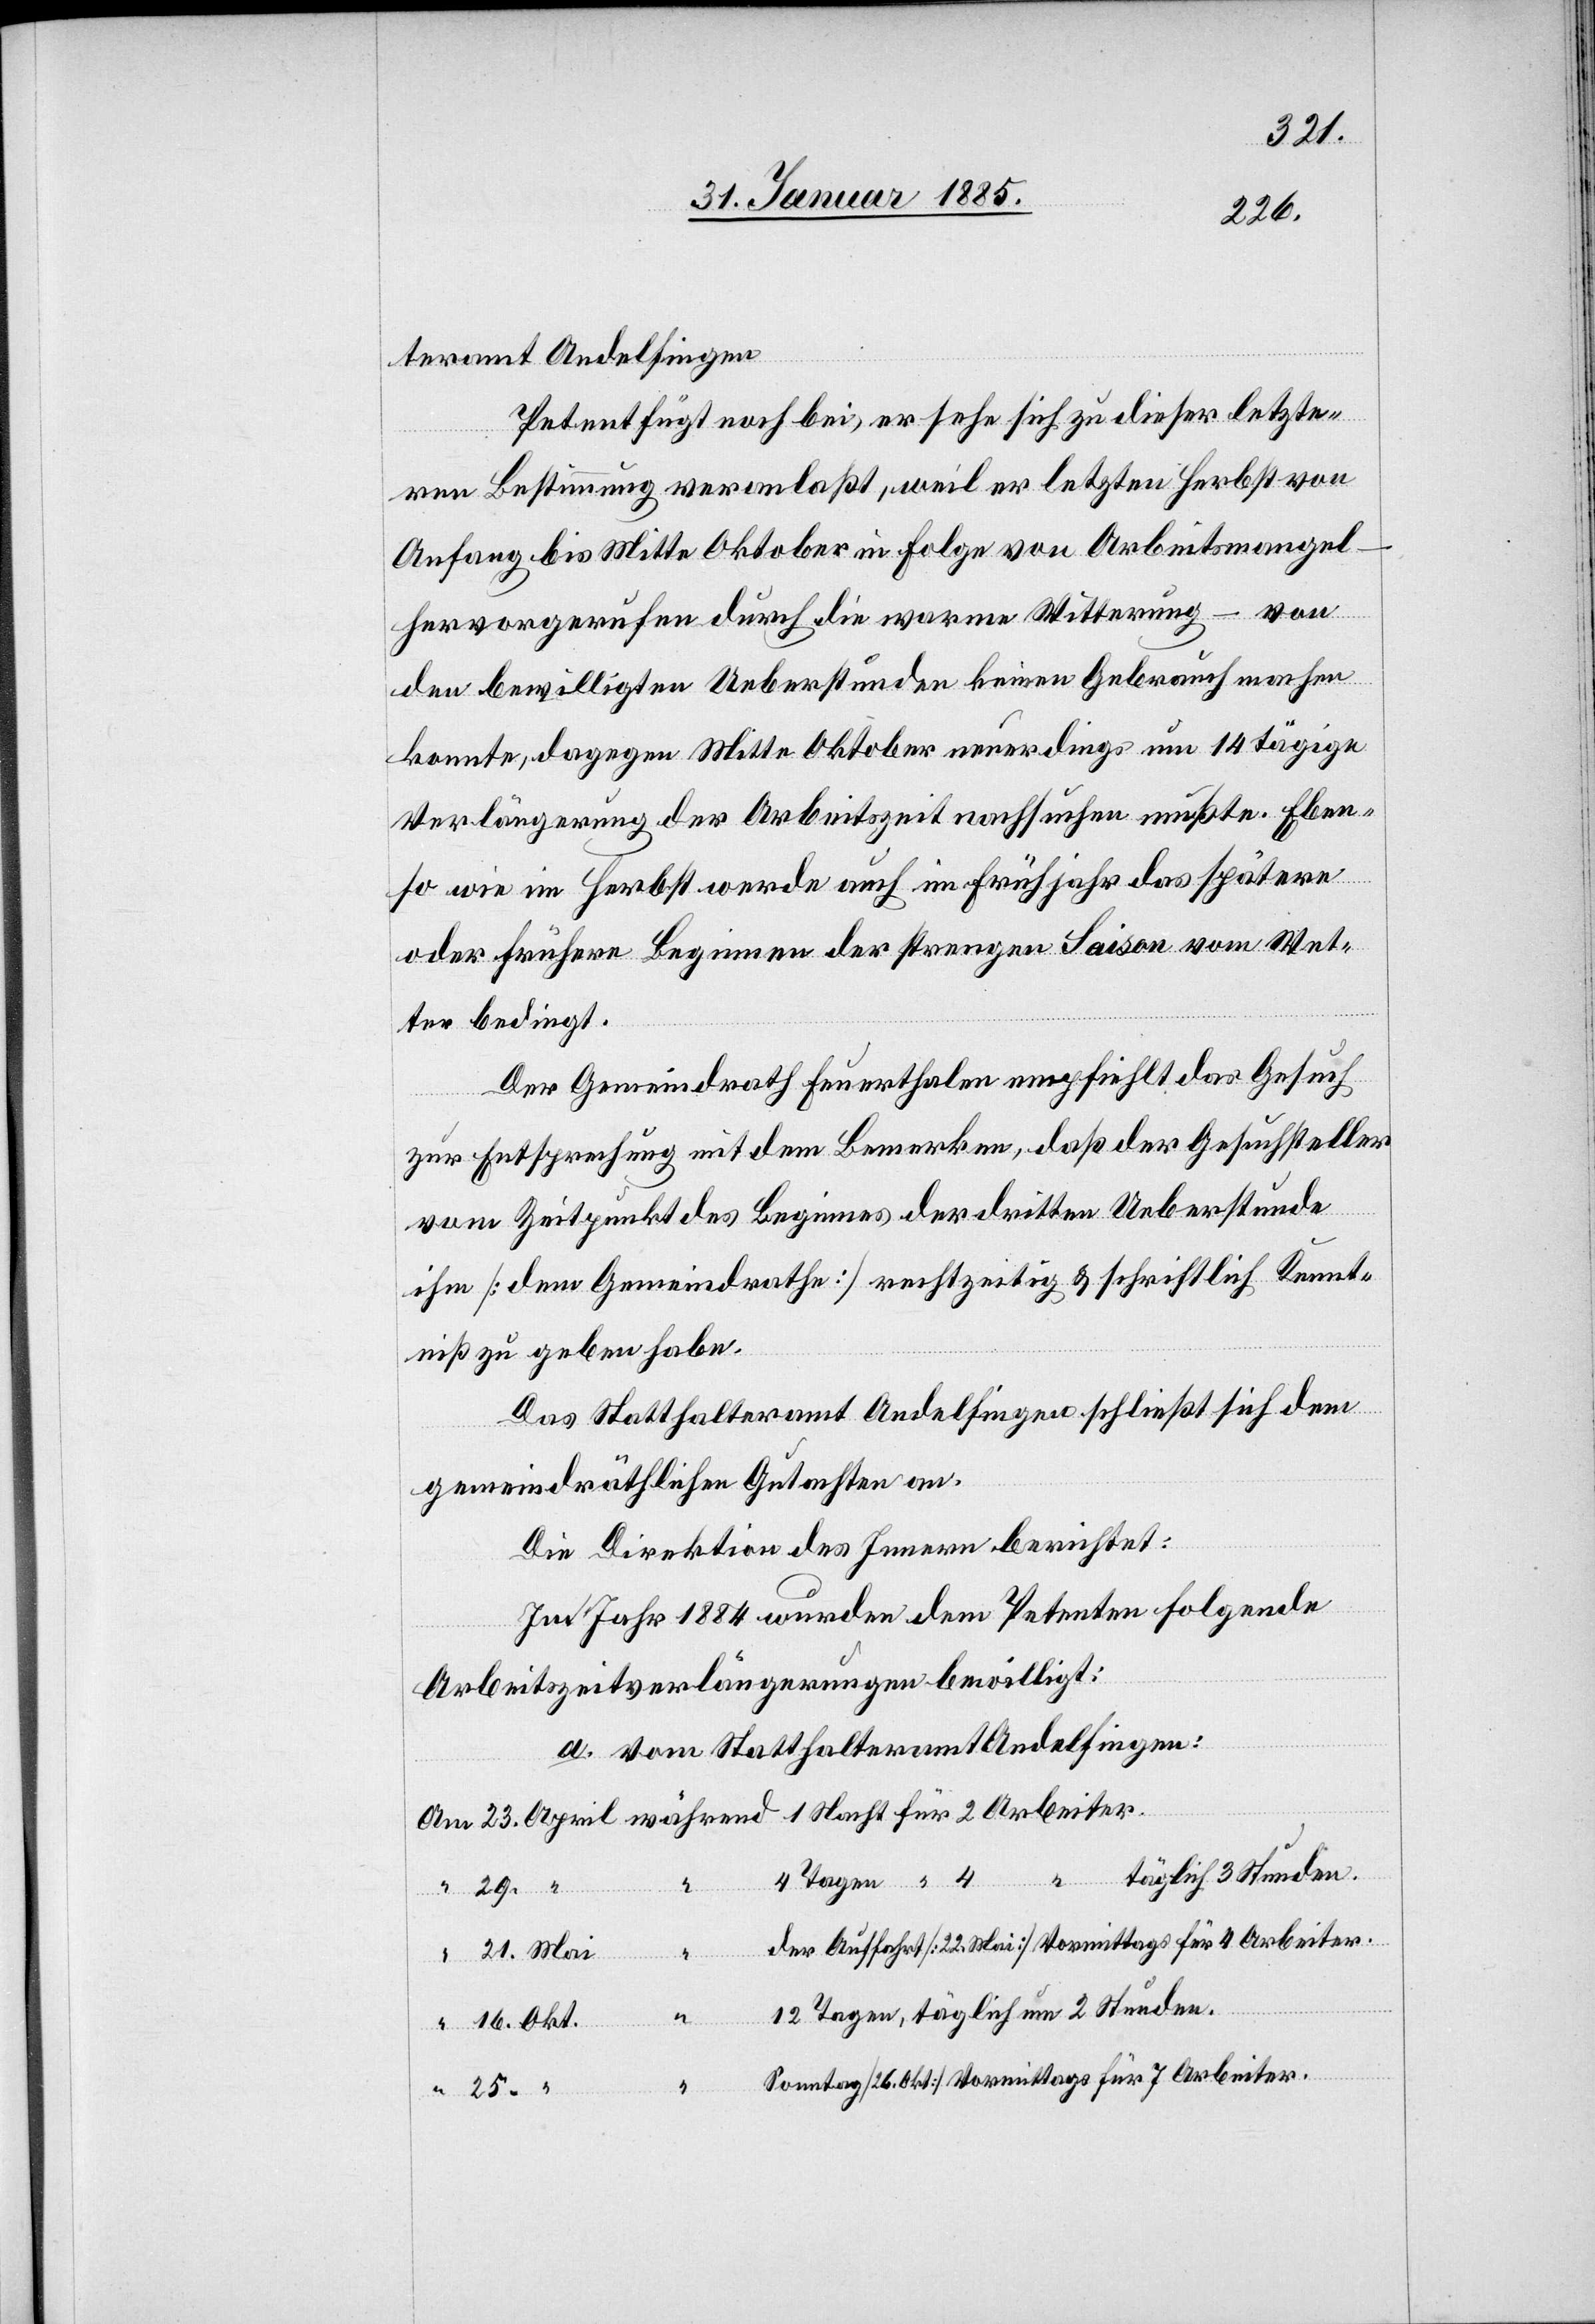
teramt Andelfingen.
Petent fügt noch bei, er sehe sich zu dieser letzte¬
ren Bestimmung veranlaßt, weil er letzten Herbst von
Anfang bis Mitte Oktober in Folge von Arbeitsmangel
hervorgerufen durch die warme Witterung – von
den bewilligten Ueberstunden keinen Gebrauch machen
konnte, dagegen Mitte Oktober neuerdings um 14 tägige
Verlängerung der Arbeitszeit nachsuchen mußte. Eben¬
so wie im Herbst werde auch im Frühjahr das spätere
oder frühere Beginnen der strengen Saison vom Wet¬
ter bedingt.
Der Gemeindrath Feuerthalen empfiehlt das Gesuch
“
zur Entsprechung mit dem Bemerken, das der Gesuchsteller
April
vom Zeitpunkt des Beginns der dritten Uebestunde
ihm [dem Gemeindrathe] rechtzeitig & schriftlich Kennt¬
niß zu geben habe.
Das Statthalteramt Andelfingen schießt sich dem
gemeindräthlichen Gutachten an.
25.
Die Direktion des Innern berichtet:
Im Jahr 1884 wurden dem Petenten folgende
Arbeitszeitverlängerungen bewilligt:
a. Vom Statthalteramt Andelfingen:
4 Tagen “ 4 “ täglich 3 Stunden.
der Auffahrt [22. Mai] Vormittags für 4 Arbeiter.
Okt.
12 Tagen, täglich um 2 Stunden.
Sonntag [26. Okt.] Vormittags für 7 Stunden.